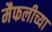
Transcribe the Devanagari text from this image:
मैफलीच्या